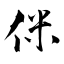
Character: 侎